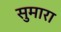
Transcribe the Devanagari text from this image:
सुमारा